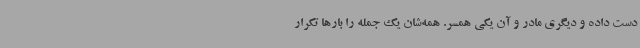
دست داده و دیگری مادر و آن یکی همسر. همه‌شان یک جمله را بارها تکرار